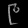
Digit: ၉